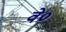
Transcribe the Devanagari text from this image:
वे०